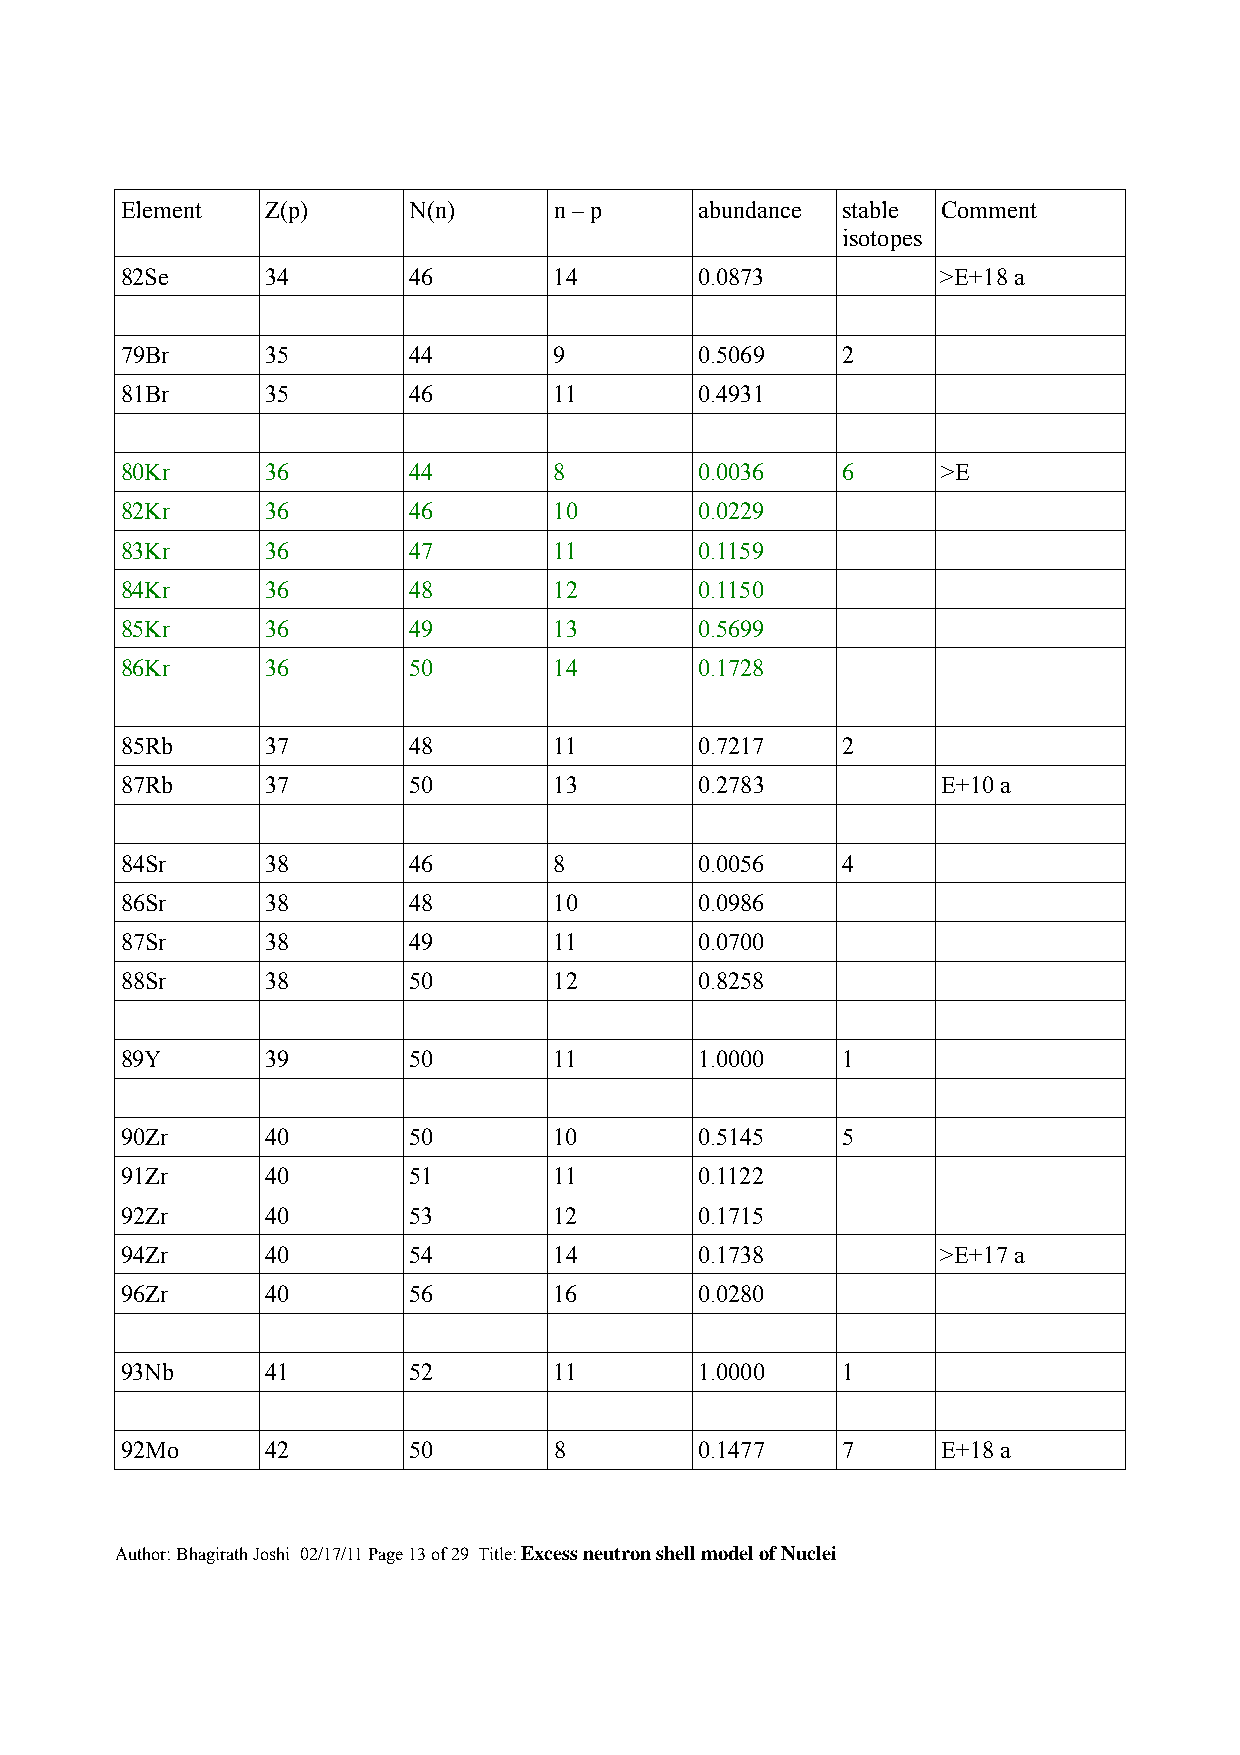
Element   Z(p)     N(n)      n – p    abundance stable Comment
 isotopes
 82Se      34       46        14       0.0873          >E+18 a
 79Br      35       44        9        0.5069    2
 81Br      35       46        11       0.4931
 80Kr      36       44        8        0.0036    6     >E
 82Kr      36       46        10       0.0229
 83Kr      36       47        11       0.1159
 84Kr      36       48        12       0.1150
 85Kr      36       49        13       0.5699
 86Kr      36       50        14       0.1728
 85Rb      37       48        11       0.7217    2
 87Rb      37       50        13       0.2783          E+10 a
 84Sr      38       46        8        0.0056    4
 86Sr      38       48        10       0.0986
 87Sr      38       49        11       0.0700
 88Sr      38       50        12       0.8258
 89Y       39       50        11       1.0000    1
 90Zr      40       50        10       0.5145    5
 91Zr      40       51        11       0.1122
 92Zr      40       53        12       0.1715
 94Zr      40       54        14       0.1738          >E+17 a
 96Zr      40       56        16       0.0280
 93Nb      41       52        11       1.0000    1
 92Mo      42       50        8        0.1477    7     E+18 a
 Author: Bhagirath Joshi 02/17/11 Page 13 of 29 Title: Excess neutron shell model of Nuclei